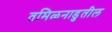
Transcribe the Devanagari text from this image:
तमिळनाडुतील